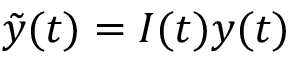
\Tilde y ( t ) = I ( t ) y ( t )